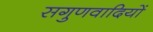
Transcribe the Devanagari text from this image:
सगुणवादियों